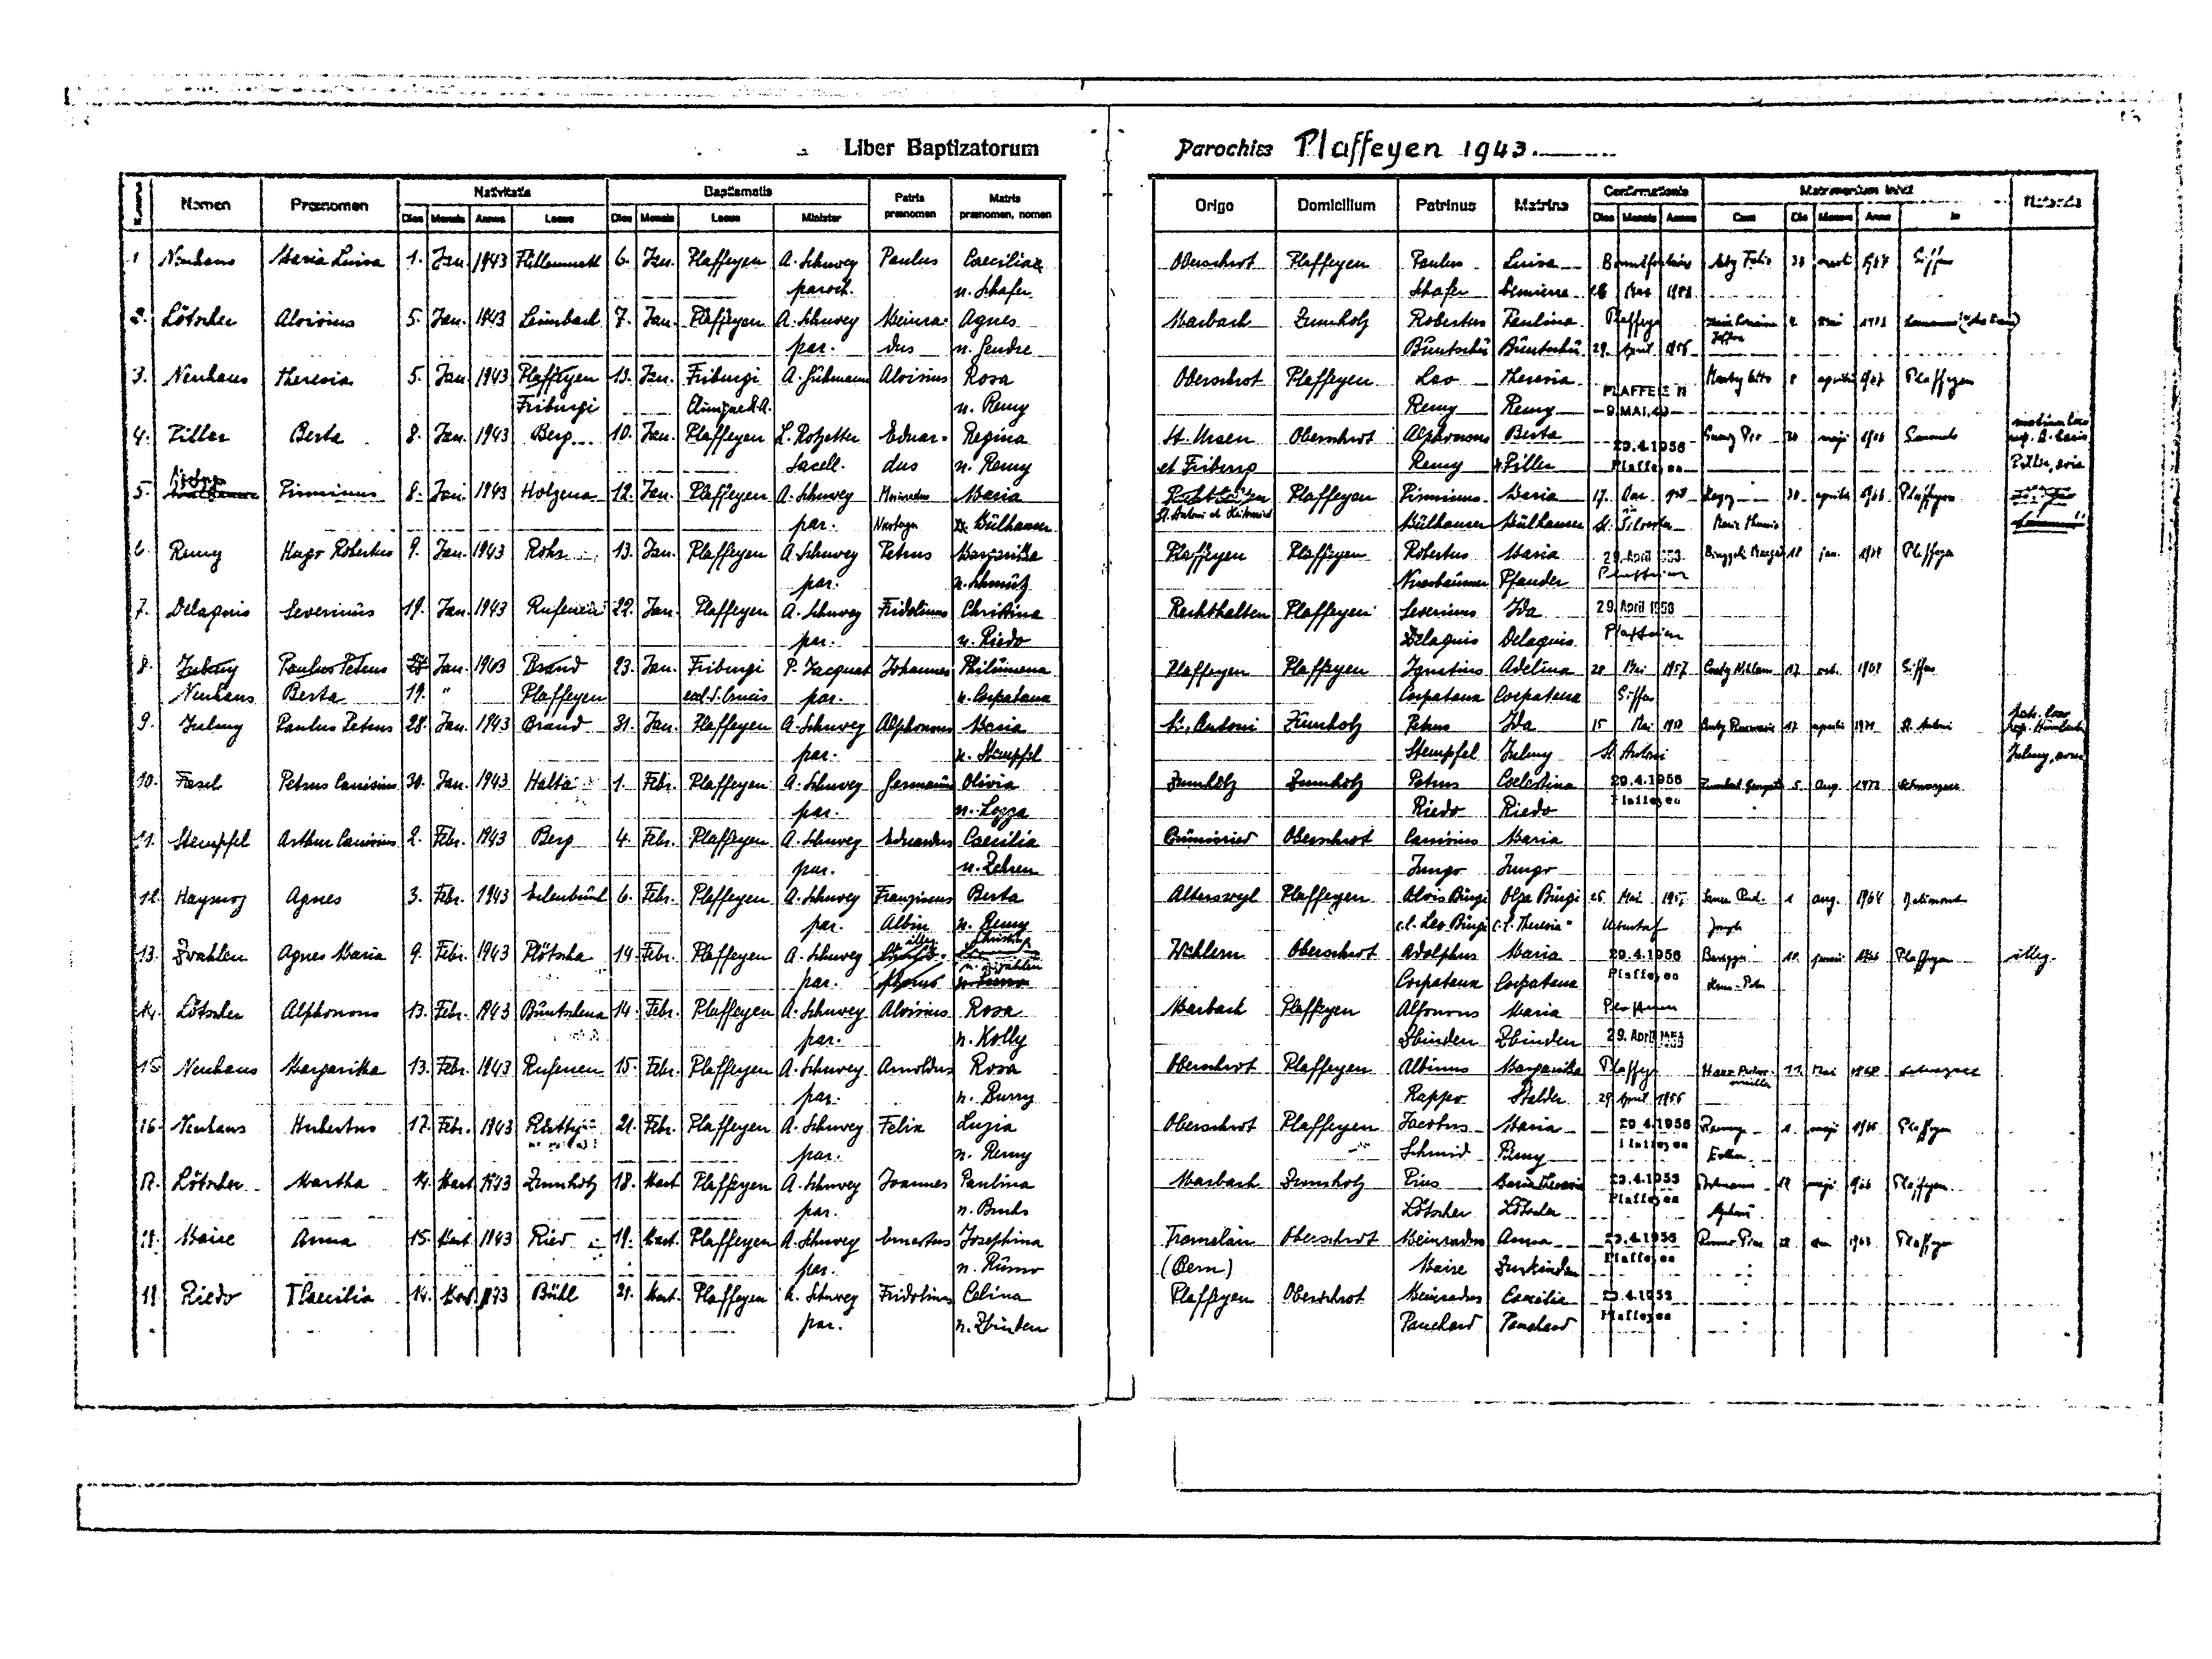
18
Liber Baptizatorum
Parochiae Plaffeyen 1943
Matris
Matrimonium inivit
Confirmationis
Baptismatis
Nativitatis
Patris
Notanda
Nomen Praenomen
Cum
Locus
Mensis
Dies
Origo Domicilium Patrinus Matrina Dies Mensis Annus
praenomen
praenomen, nomen
in
Minister
Dies Mensis Anno
Dies Mensis Annus
Locus
1.
Giffers
1 Neuhaus Maria-Louisa
Jan. 1943 Füllenmatt 6 Jan. Plaffeyen A. Schuwey Paulus Caecilia
Plaffeyen Paulus Luisa Bonnefontaine Aeby Felix 30 marti 1964
Oberschrot
paroch.
n. Schafer
Schafer Demiere 26 Mai 1958
2 Lötscher Aloisius 5 Jan. 1943 Leimbach 7. Jan. Plaffeyen A. Schuwey Meinra- Agnes
Zumholz Robertus Paulina Plaffeyen Maria-Leuina 4 Mai 1971 Lausanne (ditte ai)
Marbach
Joffre
par. dus n. Gendre
Buntschu Buntschu 29 April 1956
3. Neuhaus Theresia 5 jan 1943 Plaffeyen 10 Jan. Friburgi A. Fuhmann Aloisius Rosa
Marty Otto 8 aprilis 1967 Plaffeyen
Oberschrot Plaffeyen Leo Theresia PLAFFEIEN
Clinique S.A.
n. Remy
Friburgi
Remy Remy -9.MAI.49-
ina Car lir)
Rremy Gto 30 maji 1966 Cousiel 9 S Cais
St. Ursen Oberschrot Alphonsus Berta
4. Piller Berta 8 Jan. 1943 Berg 10 Jan. Plaffeyen L. Rotzetter Eduar- Regina
29.4.56-
iler Eria
Sacell. dus n. Remy
Remy n.Piller Plaffeien
et Friburg
5 Maltann Pirminus 8 Jan. 1943 Holzena 12. Jan. Plaffeyen A. Schuwey Meinradus Maria
Noesberger
Rechthalten Plaffeyen Pirninus Maria 17 Mai 1950 Hayoz 30 aprilis 1966 Plaffeyen Sciprin
in
St. Antoni et Heitenried
Mülhauser Mülhauser St. Silveter Maria Theresia
Naeos
par. Noesberger n. Mülhauser
6. Remy Hugo Robertus 8 Jan. 1943 Rohr 13 Jan. Plaffeyen A. Schuwey Petrus Margeritha
Plaffeyen Plaffeyen Robertus Maria 29. April 1956 Binggeli Margrit 18 jun. 1964 Plaffeyen
Plaffeien
Nusbaumer Pfander
n. Schmutz
par.
Rechthalten Plaffeyen Severinus Ida 29. April 1956
7. Delaquis Severinus 19 Jan. 1943 Rufenen 22 Jan. Plaffeyen A. Schuwey Fridolinus Christina
Delaquis Delaquis Plaffeien
n. Riedo
par.
8. Julmy Paulus Petrus 26 Jan. 1943 Brand 23 Jan. Friburgi P. Jacquat Johannes Philomena
Plaffeyen Plaffeyen Ignatius Adelina 28 Mai 1957 Curty Niklaus 17 oct. 1965 Giffers
19.
Neuhaus
Corpataux Corpataux Giffers
Berta
Plaffeyen
eccl.S.Crucis par.
n. Corpataux
Jut. C
St. Antoni Zumholz Petrus Ida 15 Mai 1950 Curty Rosemarie 17 aprilis 1971 St. Antoni
Lug. Binbauhesn
9. Julmy Paulus Petrus 28 Jan. 1943 Brand 31 Jan. Plaffeyen A. Schuwey Alphonsus Maria
Stempfel Julmy St. Antoni
Julmy, ---
n. Stempfel
par.
Zumholz Zumholz Petrus Celestina 29. 4. 1956 Garnhert Georgette 5 Aug 1972 Schwarzsee
10 Fasel Petrus Canisius 30 Jan. 1943 Halta 1. Febr. Plaffeyen A. Schuwey Germanius Olivia
Plaffeyen
Riedo Riedo
n. Lozza
par.
Brünisried Obershrot Canisius Maria
11 Stempfel Arthur Canisius 2 Febr. 1943 Berg 4 Febr. Plaffeyen A. Schuwey Eduardus Caecilia
LJngo Jungo
par.
n. Zehren
Alterswyl Plaffeyen Alios Bürgi Olga Bürgi 25 Mai 1957 Saner Rud. 1 aug. 1964 Delémont
12 Haymoz Agnes 3 Febr. 1943 Selenbühl 6 Febr. Plaffeyen A. Schuwey Franziscus Berta
c.l. Leo Bürgi c.l. Theresia " Ueberstorf
par. Albin n. Remy
Joseph
illeg.
Christina
13 Zwahlen Agnes Maria 9 Febr. 1943 Plötscha 14 Febr. Plaffeyen A. Schuwey Oettia
Wahlern Oberschrot Adolphus Maria 29.4.1956 Brügger 18 juni 1966 Plaffeyen
Laurentia
illeg.
n. Zwahlen
Plaffeyen
Corpataux Corpataux
Hans-Peter
Marbach Plaffeyen Alfonsus Maria Plaffeien
14 Lötscher Alphonsus 13. Febr. 1943 Buntschena 14. Febr. Plaffeyen A. Schuwey Aloisius Rosa
29. April 1956
n. Kolly
Zbinden Zbinden
par.
Oberschrot Plaffeyen Albinus Margaritha Plaffeyen Hans-Aerton 11 Mai 1968 Schwarzsee
15 Neuhaus Margaritha 13 Febr. 1942 Rufenen 15. Febr. Plaffeyen A. Schuwey Arnoldus Rosa
müller
n. Burry
Rappo Stalder 29 April 1956
par.
Oberschrot Plaffeyen Jacobus Maria 29.4.1956 Raemy 1 maji. 1965
16. Neuhaus Hubertus 17. Febr. 1943 Rütty 21. Febr. Plaffeyen A. Schuwey Felix Luzia
Plaffeyen
Plaffeyen
Schmid Remy
n. Remy
par.
Esther
Marbach Zumholz Pius Maria-Theresina 29.4.1956 Portmann 14 maji. 1966 Plaffeyen
17 Lötscher Martha 14 Mart. 1943 Zumholz 18 Mart Plaffeyen A. Schuwey Joannes Paulina
Plaffeyen
n. Buchs
Lötshern Lötscher
par.
Alphons
Tramelan Oberschrot Meinardus Anna 29.4.1956 Rumo Pius 23 dec. 1963 Plaffeyen
18 Maire Anna 15 Mart. 1943 Ried 17 Mart. Plaffeyen A. Schuwey Arnolus Josephina
Plaffeyen
n. Rumo
Maire Zurkinden
(Bern)
par.
Theresia 14 Mart 1943 Bühl 21. Mart. Plaffeyen A. Schuwey Fridolinus Celina
Plaffeyen Oberschrot Meinardus Caecilia 29.4.1956
19 Riedo
Plaffeyen
par.
Pauchard Pauchard
n. Zbinden